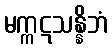
မက္ကဋသန္နိဘံ